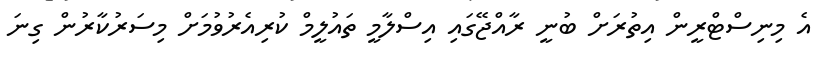
އެ މިނިސްޓްރީން އިތުރަށް ބުނީ ރާއްޖޭގައި އިސްލާމީ ތައުލީމް ކުރިއެރުވުމަށް މިސަރުކާރުން ގިނަ